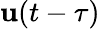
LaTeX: \mathbf{u}(t-\tau)